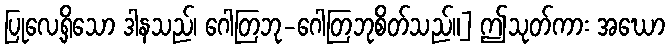
ပြုလေ့ရှိသော ဒါနသည်၊ ဂေါတြဘု-ဂေါတြဘုစိတ်သည်။] ဤသုတ်ကား အဃော